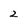
Character: 2